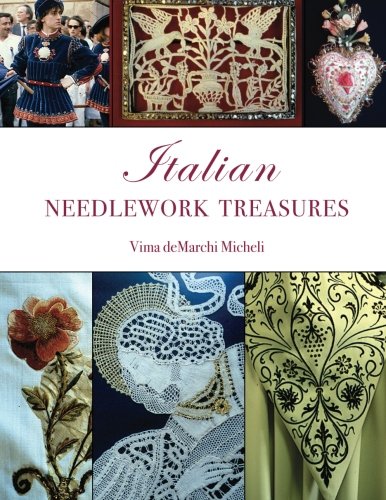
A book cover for Italian Needlework Treasures: A guide and history to the many types of needlework techniques found in Italy.; Vima deMarchi Micheli; Crafts, Hobbies & Home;